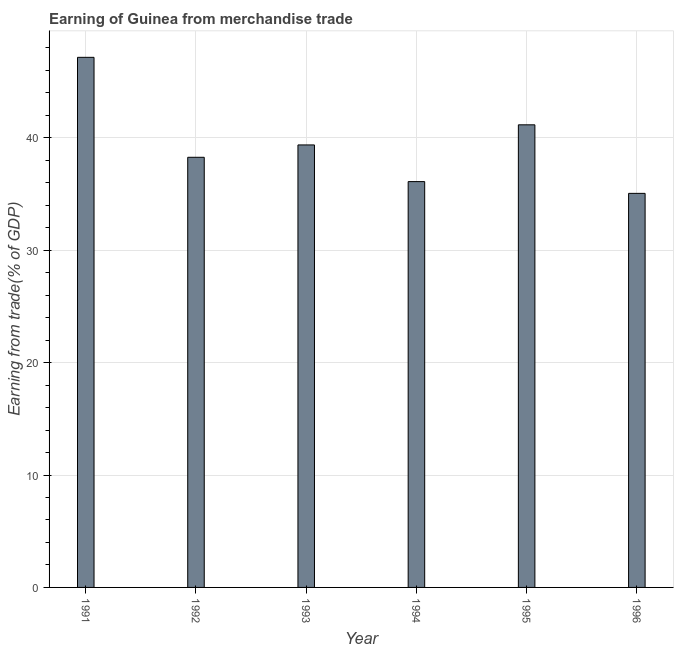
| Year | Merchandise trade |
 | --- | --- |
 | 1991 | 47.2 |
 | 1992 | 38.3 |
 | 1993 | 39.4 |
 | 1994 | 36.1 |
 | 1995 | 41.2 |
 | 1996 | 35.1 |